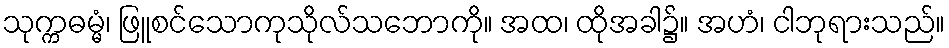
သုက္ကဓမ္မံ၊ ဖြူစင်သောကုသိုလ်သဘောကို။ အထ၊ ထိုအခါ၌။ အဟံ၊ ငါဘုရားသည်။